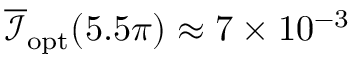
\overline { { \mathcal { I } } } _ { \mathrm { o p t } } ( 5 . 5 \pi ) \approx 7 \times 1 0 ^ { - 3 }